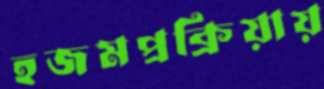
হজমপ্রক্রিয়ায়